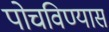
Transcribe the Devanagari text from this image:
पोचविण्यास